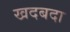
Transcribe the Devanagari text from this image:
खदबदा